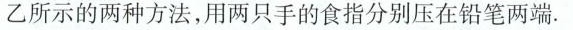
乙所示的两种方法，用两只手的食指分别压在铅笔两端。